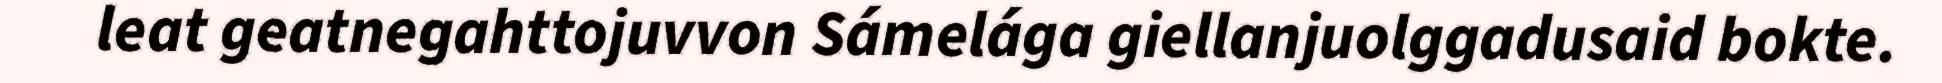
leat geatnegahttojuvvon Sámelága giellanjuolggadusaid bokte.